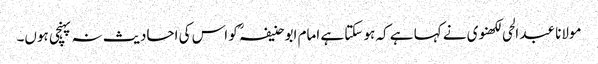
مولانا عبد الحی لکھنوی نے کہا ہے کہ ہو سکتا ہے امام ابو حنیفہؒ کو اس کی احادیث نہ پہنچی ہوں۔